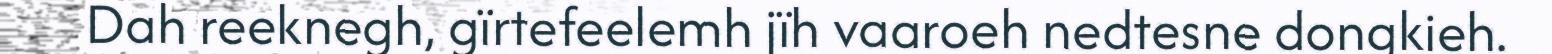
Dah reeknegh, gïrtefeelemh jïh vaaroeh nedtesne dongkieh.